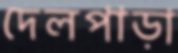
দেলপাড়া